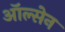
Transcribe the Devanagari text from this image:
ऑल्सेन